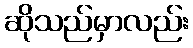
ဆိုသည်မှာလည်း